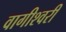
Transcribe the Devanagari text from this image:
वागीश्‍वरी